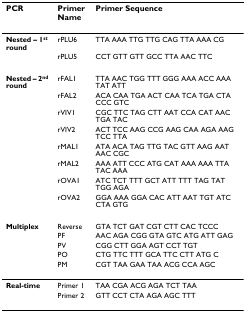
| PCR | Primer Name | Primer Sequence |
 | --- | --- | --- |
 | Nested – 1st round | rPLU6 | TTA AAA TTG TTG CAG TTA AAA CG |
 |  | rPLU5 | CCT GTT GTT GCC TTA AAC TTC |
 | Nested – 2nd round | rFAL1 | TTA AAC TGG TTT GGG AAA ACC AAA TAT ATT |
 |  | rFAL2 | ACA CAA TGA ACT CAA TCA TGA CTA CCC GTC |
 |  | rVIV1 | CGC TTC TAG CTT AAT CCA CAT AAC TGA TAC |
 |  | rVIV2 | ACT TCC AAG CCG AAG CAA AGA AAG TCC TTA |
 |  | rMAL1 | ATA ACA TAG TTG TAC GTT AAG AAT AAC CGC |
 |  | rMAL2 | AAA ATT CCC ATG CAT AAA AAA TTA TAC AAA |
 |  | rOVA1 | ATC TCT TTT GCT ATT TTT TAG TAT TGG AGA |
 |  | rOVA2 | GGA AAA GGA CAC ATT AAT TGT ATC CTA GTG |
 | Multiplex | Reverse | GTA TCT GAT CGT CTT CAC TCCC |
 |  | PF | AAC AGA CGG GTA GTC ATG ATT GAG |
 |  | PV | CGG CTT GGA AGT CCT TGT |
 |  | PO | CTG TTC TTT GCA TTC CTT ATG C |
 |  | PM | CGT TAA GAA TAA ACG CCA AGC |
 | Real-time | Primer 1 | TAA CGA ACG AGA TCT TAA |
 |  | Primer 2 | GTT CCT CTA AGA AGC TTT |